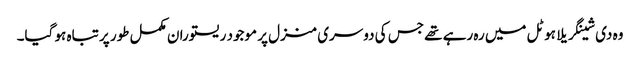
وہ دی شینگریلا ہوٹل میں رہ رہے تھے جس کی دوسری منزل پر موجود ریستوران مکمل طور پر تباہ ہو گیا۔